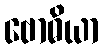
ဗောဓိယာ